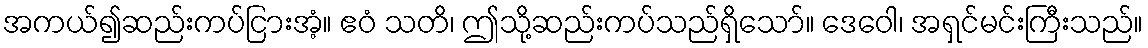
အကယ်၍ဆည်းကပ်ငြားအံ့။ ဧဝံ သတိ၊ ဤသို့ဆည်းကပ်သည်ရှိသော်။ ဒေဝေါ၊ အရှင်မင်းကြီးသည်။